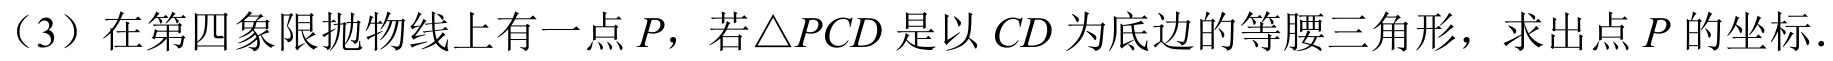
（3）在第四象限抛物线上有一点\(P\)，若\(\triangle PCD\)是以\(CD\)为底边的等腰三角形，求出点\(P\)的坐标.